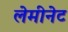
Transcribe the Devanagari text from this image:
लेमीनेट